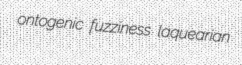
ontogenic fuzziness laquearian